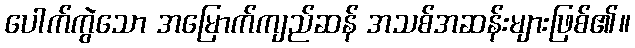
ပေါက်ကွဲသော အမြောက်ကျည်ဆန် အသစ်အဆန်းများဖြစ်၏။